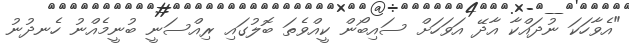
"އެވާހަކަ ނުދައްކާ އާދޭ އަވަހަށް ސައިބޯން ކީއްވެތަ ބޮލުގައި ރިއްސަނީ ބުނީމެއްނު ހެނދުނު